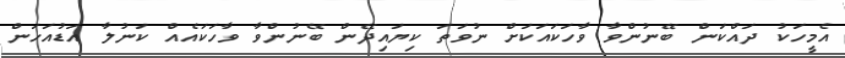
އެމީހަކު ދައްކަން ބޭނުންވާ ވާހަކައަކަށް ނުވަތަ ކިޔައިދޭން ބޭނުންވާ ވާހަކައެއް ކަނުލާ އަޑުއަހަން